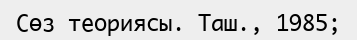
Сөз теориясы. Таш., 1985;